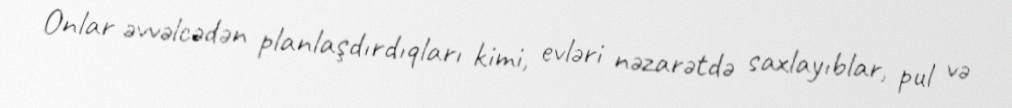
Onlar əvvəlcədən planlaşdırdıqları kimi, evləri nəzarətdə saxlayıblar, pul və